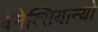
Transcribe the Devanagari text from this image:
वेनेत्सियान्यो